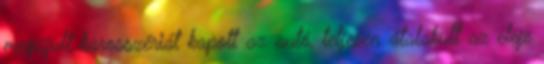
megújult karosszériát kapott az autó, teljesen átalakult az eleje